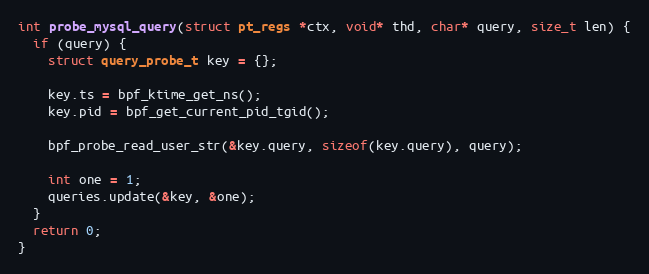
Language: C++
int probe_mysql_query(struct pt_regs *ctx, void* thd, char* query, size_t len) {
  if (query) {
    struct query_probe_t key = {};

    key.ts = bpf_ktime_get_ns();
    key.pid = bpf_get_current_pid_tgid();

    bpf_probe_read_user_str(&key.query, sizeof(key.query), query);

    int one = 1;
    queries.update(&key, &one);
  }
  return 0;
}